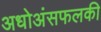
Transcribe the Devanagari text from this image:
अधोअंसफलकी